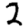
Digit: 2